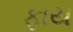
ફાય